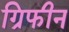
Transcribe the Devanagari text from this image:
ग्रिफीन